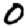
Digit: 0